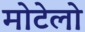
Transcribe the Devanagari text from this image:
मोटेलो